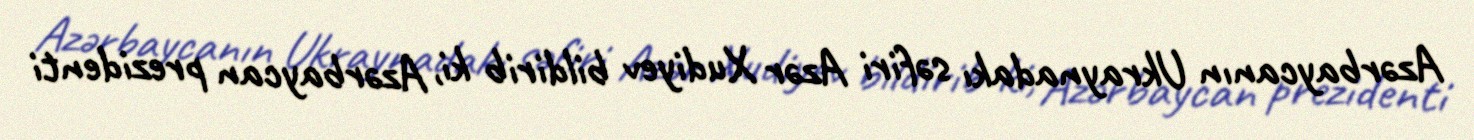
Azərbaycanın Ukraynadakı səfiri Azər Xudiyev bildirib ki, Azərbaycan prezidenti